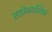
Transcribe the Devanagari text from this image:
स्टोकास्टिक